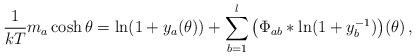
LaTeX: \begin{align*} \frac{1}{kT} m_a \cosh \theta = \ln(1+y_a (\theta)) + \sum_{b=1}^l \, \bigl( \Phi_{ab} * \ln (1+y^{-1}_b) \bigr) (\theta) \,,\end{align*}